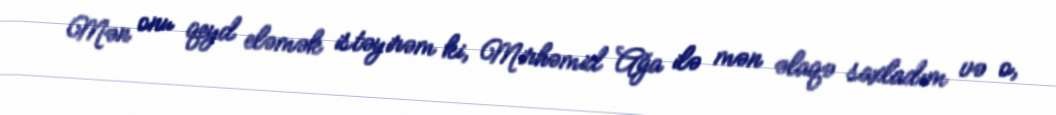
Mən onu qeyd eləmək istəyirəm ki, Mirhəmid Ağa ilə mən əlaqə saxladım və o,